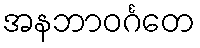
အနဘာဝင်္ဂတေ